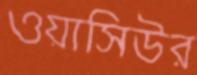
ওয়াসিউর